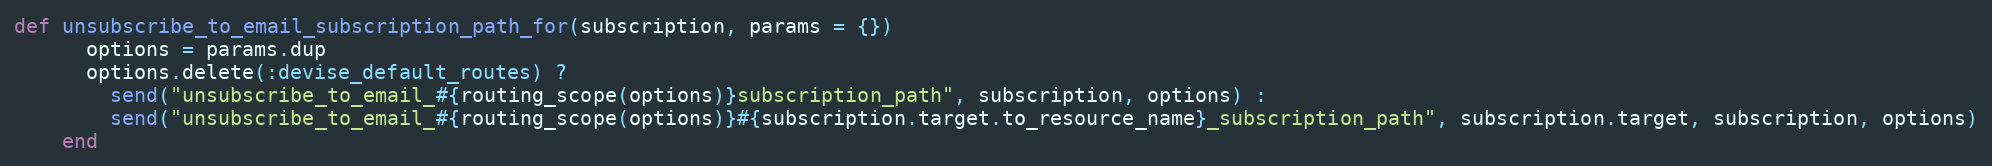
Language: Ruby
def unsubscribe_to_email_subscription_path_for(subscription, params = {})
      options = params.dup
      options.delete(:devise_default_routes) ?
        send("unsubscribe_to_email_#{routing_scope(options)}subscription_path", subscription, options) :
        send("unsubscribe_to_email_#{routing_scope(options)}#{subscription.target.to_resource_name}_subscription_path", subscription.target, subscription, options)
    end